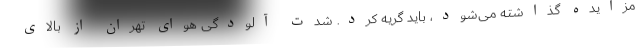
مزایده گذاشته می‌شود، باید گریه کرد. شدت آلودگی هوای تهران از بالای